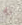
به